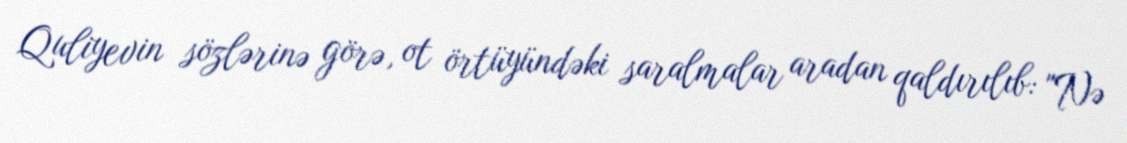
Quliyevin sözlərinə görə, ot örtüyündəki saralmalar aradan qaldırılıb: "Nə